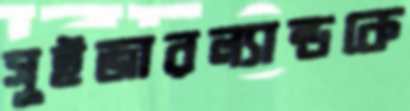
সুইজারল্যান্ডকে